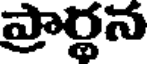
ప్రార్థన